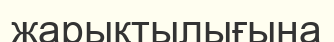
жарықтылығына